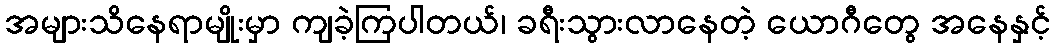
အများသိနေရာမျိုးမှာ ကျခဲ့ကြပါတယ်၊ ခရီးသွားလာနေတဲ့ ယောဂီတွေ အနေနှင့်